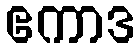
ဧကာဒ